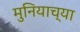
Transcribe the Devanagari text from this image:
मुनियाच्या